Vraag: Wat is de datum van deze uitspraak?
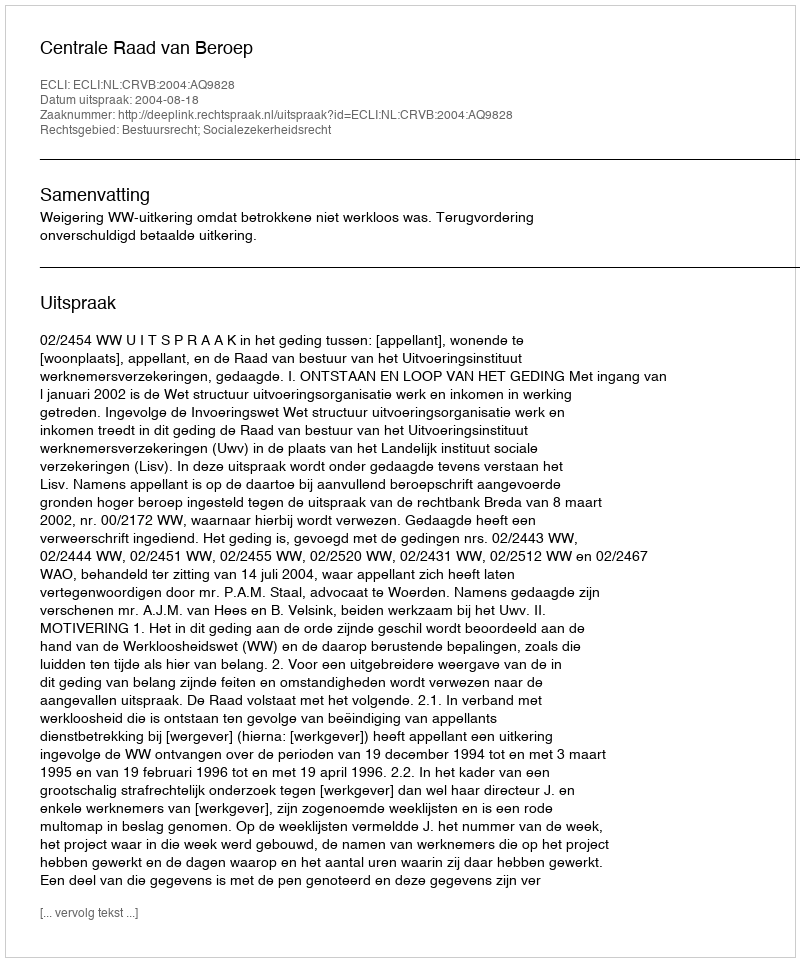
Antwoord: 2004-08-18